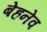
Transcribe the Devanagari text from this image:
बेहनेव